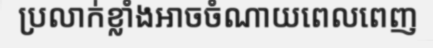
ប្រលាក់ខ្លាំងអាចចំណាយពេលពេញ